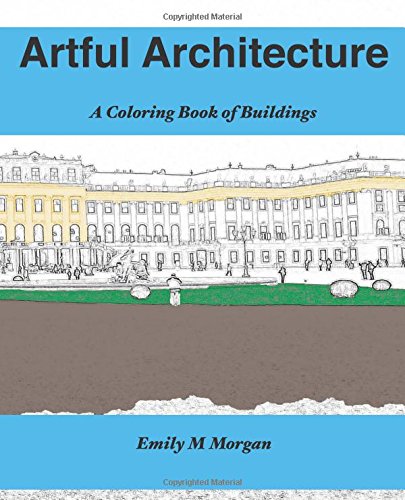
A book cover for Artful Architecture: A Coloring Book of Buildings : A Coloring Book (The Coloring Book Series); Emily M Morgan; Self-Help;